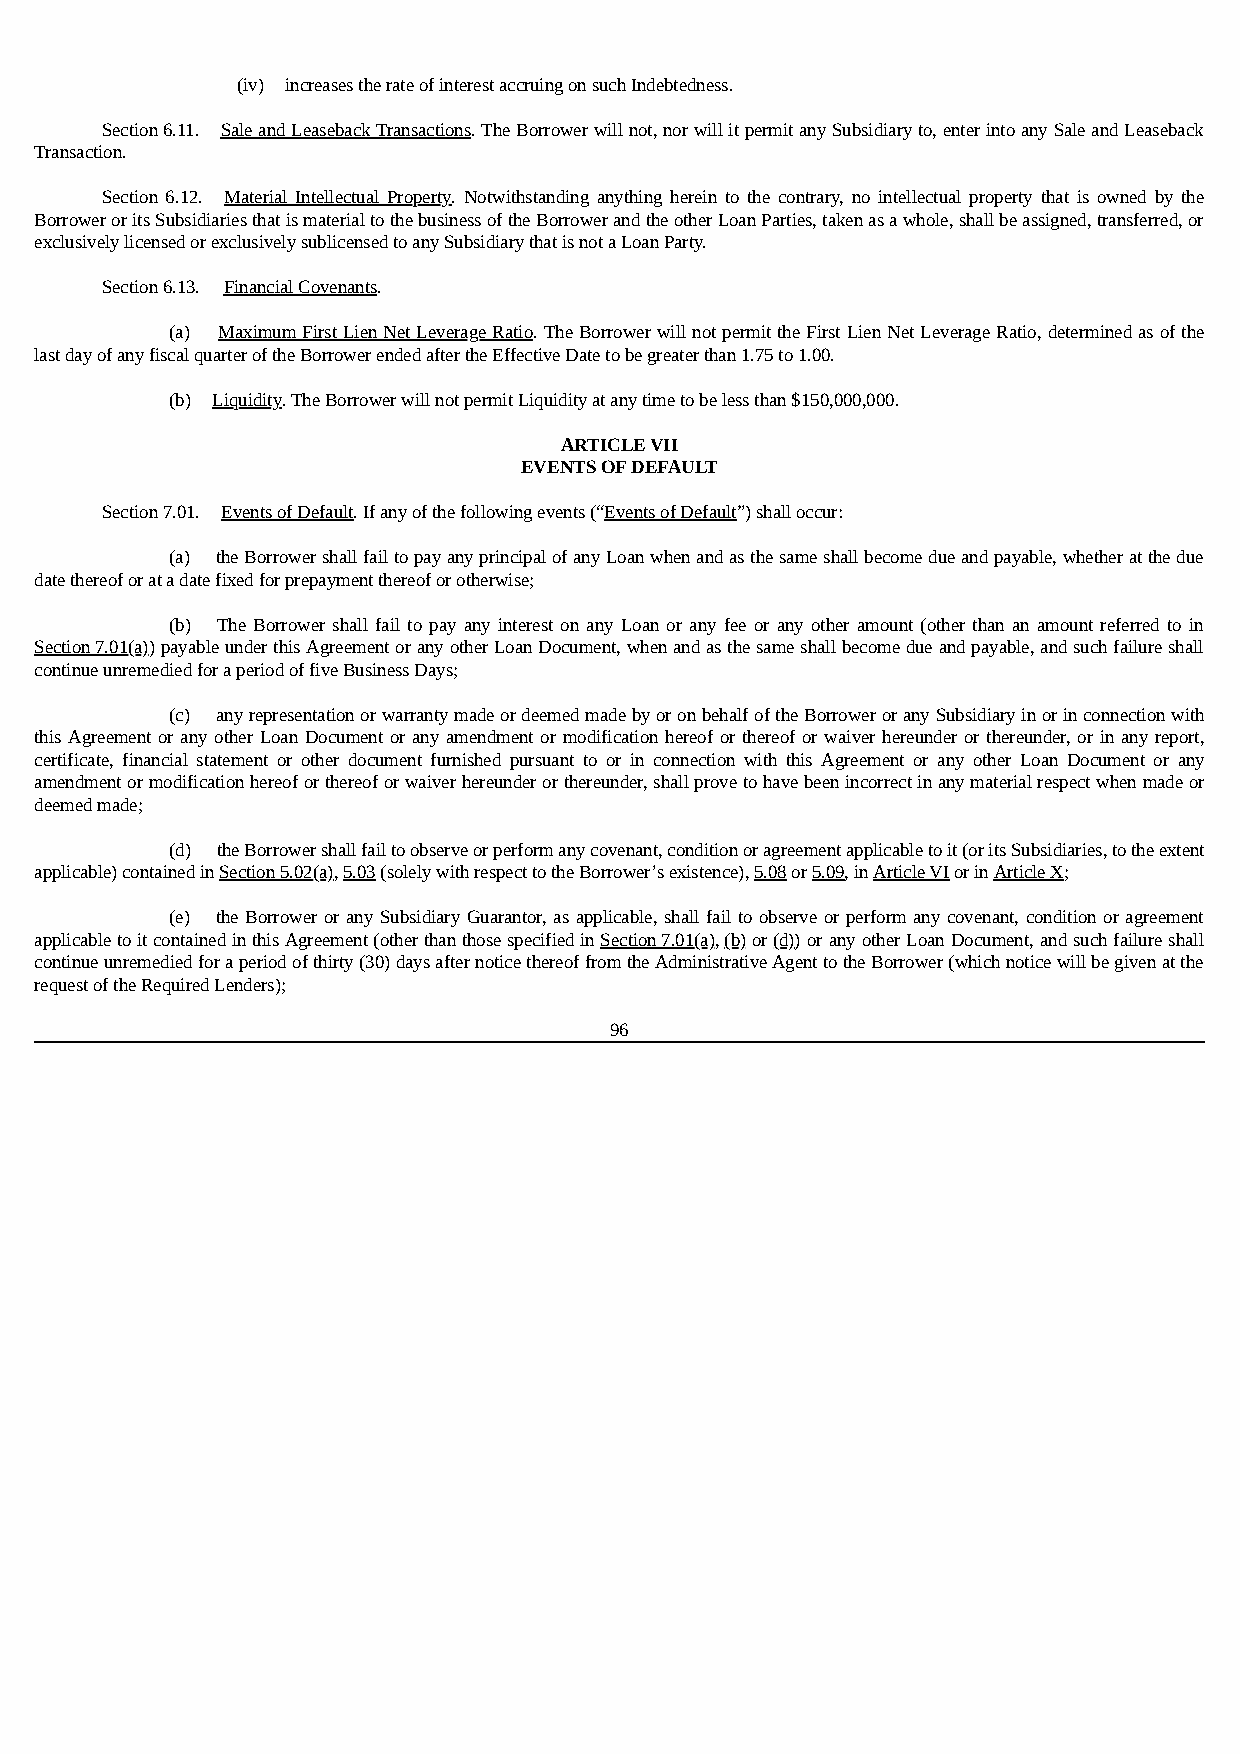
(iv) increases the rate of interest accruing on such Indebtedness.
 Section 6.11. Sale and Leaseback Transactions. The Borrower will not, nor will it permit any Subsidiary to, enter into any Sale and Leaseback
 Transaction.
 Section 6.12. Material Intellectual Property. Notwithstanding anything herein to the contrary, no intellectual property that is owned by the
 Borrower or its Subsidiaries that is material to the business of the Borrower and the other Loan Parties, taken as a whole, shall be assigned, transferred, or
 exclusively licensed or exclusively sublicensed to any Subsidiary that is not a Loan Party.
 Section 6.13. Financial Covenants.
 (a) Maximum First Lien Net Leverage Ratio. The Borrower will not permit the First Lien Net Leverage Ratio, determined as of the
 last day of any fiscal quarter of the Borrower ended after the Effective Date to be greater than 1.75 to 1.00.
 (b) Liquidity. The Borrower will not permit Liquidity at any time to be less than $150,000,000.
 ARTICLE VII
 EVENTS OF DEFAULT
 Section 7.01. Events of Default. If any of the following events (“Events of Default”) shall occur:
 (a) the Borrower shall fail to pay any principal of any Loan when and as the same shall become due and payable, whether at the due
 date thereof or at a date fixed for prepayment thereof or otherwise;
 (b) The Borrower shall fail to pay any interest on any Loan or any fee or any other amount (other than an amount referred to in
 Section 7.01(a)) payable under this Agreement or any other Loan Document, when and as the same shall become due and payable, and such failure shall
 continue unremedied for a period of five Business Days;
 (c) any representation or warranty made or deemed made by or on behalf of the Borrower or any Subsidiary in or in connection with
 this Agreement or any other Loan Document or any amendment or modification hereof or thereof or waiver hereunder or thereunder, or in any report,
 certificate, financial statement or other document furnished pursuant to or in connection with this Agreement or any other Loan Document or any
 amendment or modification hereof or thereof or waiver hereunder or thereunder, shall prove to have been incorrect in any material respect when made or
 deemed made;
 (d) the Borrower shall fail to observe or perform any covenant, condition or agreement applicable to it (or its Subsidiaries, to the extent
 applicable) contained in Section 5.02(a), 5.03 (solely with respect to the Borrower’s existence), 5.08 or 5.09, in Article VI or in Article X;
 (e) the Borrower or any Subsidiary Guarantor, as applicable, shall fail to observe or perform any covenant, condition or agreement
 applicable to it contained in this Agreement (other than those specified in Section 7.01(a), (b) or (d)) or any other Loan Document, and such failure shall
 continue unremedied for a period of thirty (30) days after notice thereof from the Administrative Agent to the Borrower (which notice will be given at the
 request of the Required Lenders);
 96